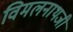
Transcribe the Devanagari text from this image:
विमलनाथजी